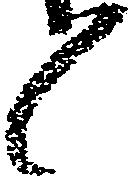
々